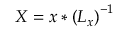
X = x * \left( L _ { x } \right) ^ { - 1 }